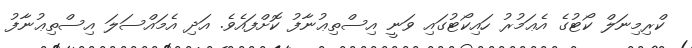
ކްރިމިނަލް ކޯޓުގެ އެޢަމުރު ހައިކޯޓުގައި ވަނީ އިސްތިޢުނާފު ކޮށްފައެވެ. އަދި އެމައްސަލަ އިސްތިޢުނާފު